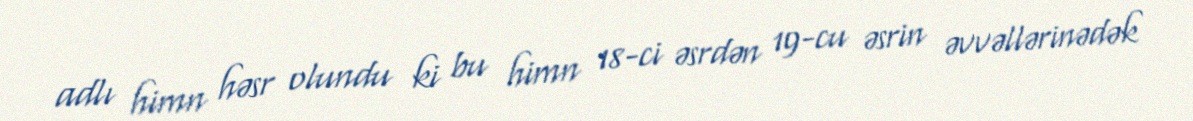
adlı himn həsr olundu ki bu himn 18-ci əsrdən 19-cu əsrin əvvəllərinədək